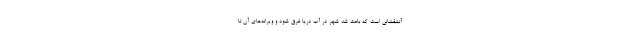
آتشفشانی است که باعث شد شهر در آب دریا غرق شود و ویرانه‌های آن تا